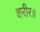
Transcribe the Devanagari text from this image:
शरीर॥